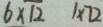
6 \times 1 2 1 \times 7 2